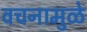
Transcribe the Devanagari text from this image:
वचनामुळे